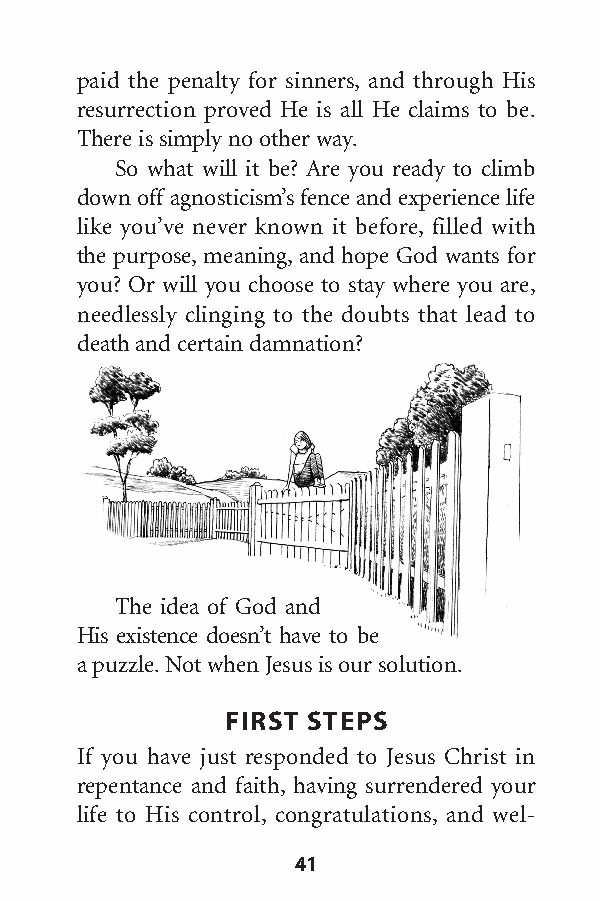
paid the penalty for sinners, and through His
 resurrection proved He is all He claims to be.
 There is simply no other way.
 So what will it be? Are you ready to climb
 down off agnosticism’s fence and experience life
 like you’ve never known it before, filled with
 the purpose,meaning,and hope God wants for
 you? Or will you choose to stay where you are,
 needlessly clinging to the doubts that lead to
 death and certain damnation?
 The idea of God and
 His existence doesn’t have to be
 a puzzle.Not when Jesus is our solution.
 FIRST STEPS
 If you have just responded to Jesus Christ in
 repentance and faith, having surrendered your
 life to His control, congratulations, and wel-
 41